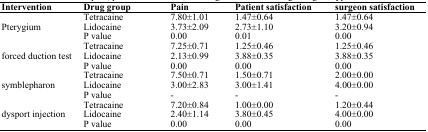
<table><thead><tr><td><b>Intervention</b></td><td><b>Drug group</b></td><td><b>Pain</b></td><td><b>Patient satisfaction</b></td><td><b>surgeon satisfaction</b></td></tr></thead><tbody><tr><td rowspan="3">Pterygium</td><td>Tetracaine</td><td>7.80±1.01</td><td>1.47±0.64</td><td>1.47±0.64</td></tr><tr><td>Lidocaine</td><td>3.73±2.09</td><td>2.73±1.10</td><td>3.20±0.94</td></tr><tr><td>P value</td><td>0.00</td><td>0.01</td><td>0.00</td></tr><tr><td rowspan="3">forced duction test</td><td>Tetracaine</td><td>7.25±0.71</td><td>1.25±0.46</td><td>1.25±0.46</td></tr><tr><td>Lidocaine</td><td>2.13±0.99</td><td>3.88±0.35</td><td>3.88±0.35</td></tr><tr><td>P value</td><td>0.00</td><td>0.00</td><td>0.00</td></tr><tr><td rowspan="3">symblepharon</td><td>Tetracaine</td><td>7.50±0.71</td><td>1.50±0.71</td><td>2.00±0.00</td></tr><tr><td>Lidocaine</td><td>3.00±2.83</td><td>3.00±1.41</td><td>4.00±0.00</td></tr><tr><td>P value</td><td>-</td><td>-</td><td>-</td></tr><tr><td rowspan="3">dysport injection</td><td>Tetracaine</td><td>7.20±0.84</td><td>1.00±0.00</td><td>1.20±0.44</td></tr><tr><td>Lidocaine</td><td>2.40±1.14</td><td>3.80±0.45</td><td>4.00±0.00</td></tr><tr><td>P value</td><td>0.00</td><td>0.00</td><td>0.00</td></tr></tbody></table>